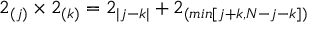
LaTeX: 2 _ { ( j ) } \times 2 _ { ( k ) } = 2 _ { | j - k | } + 2 _ { ( m i n [ j + k , N - j - k ] ) }